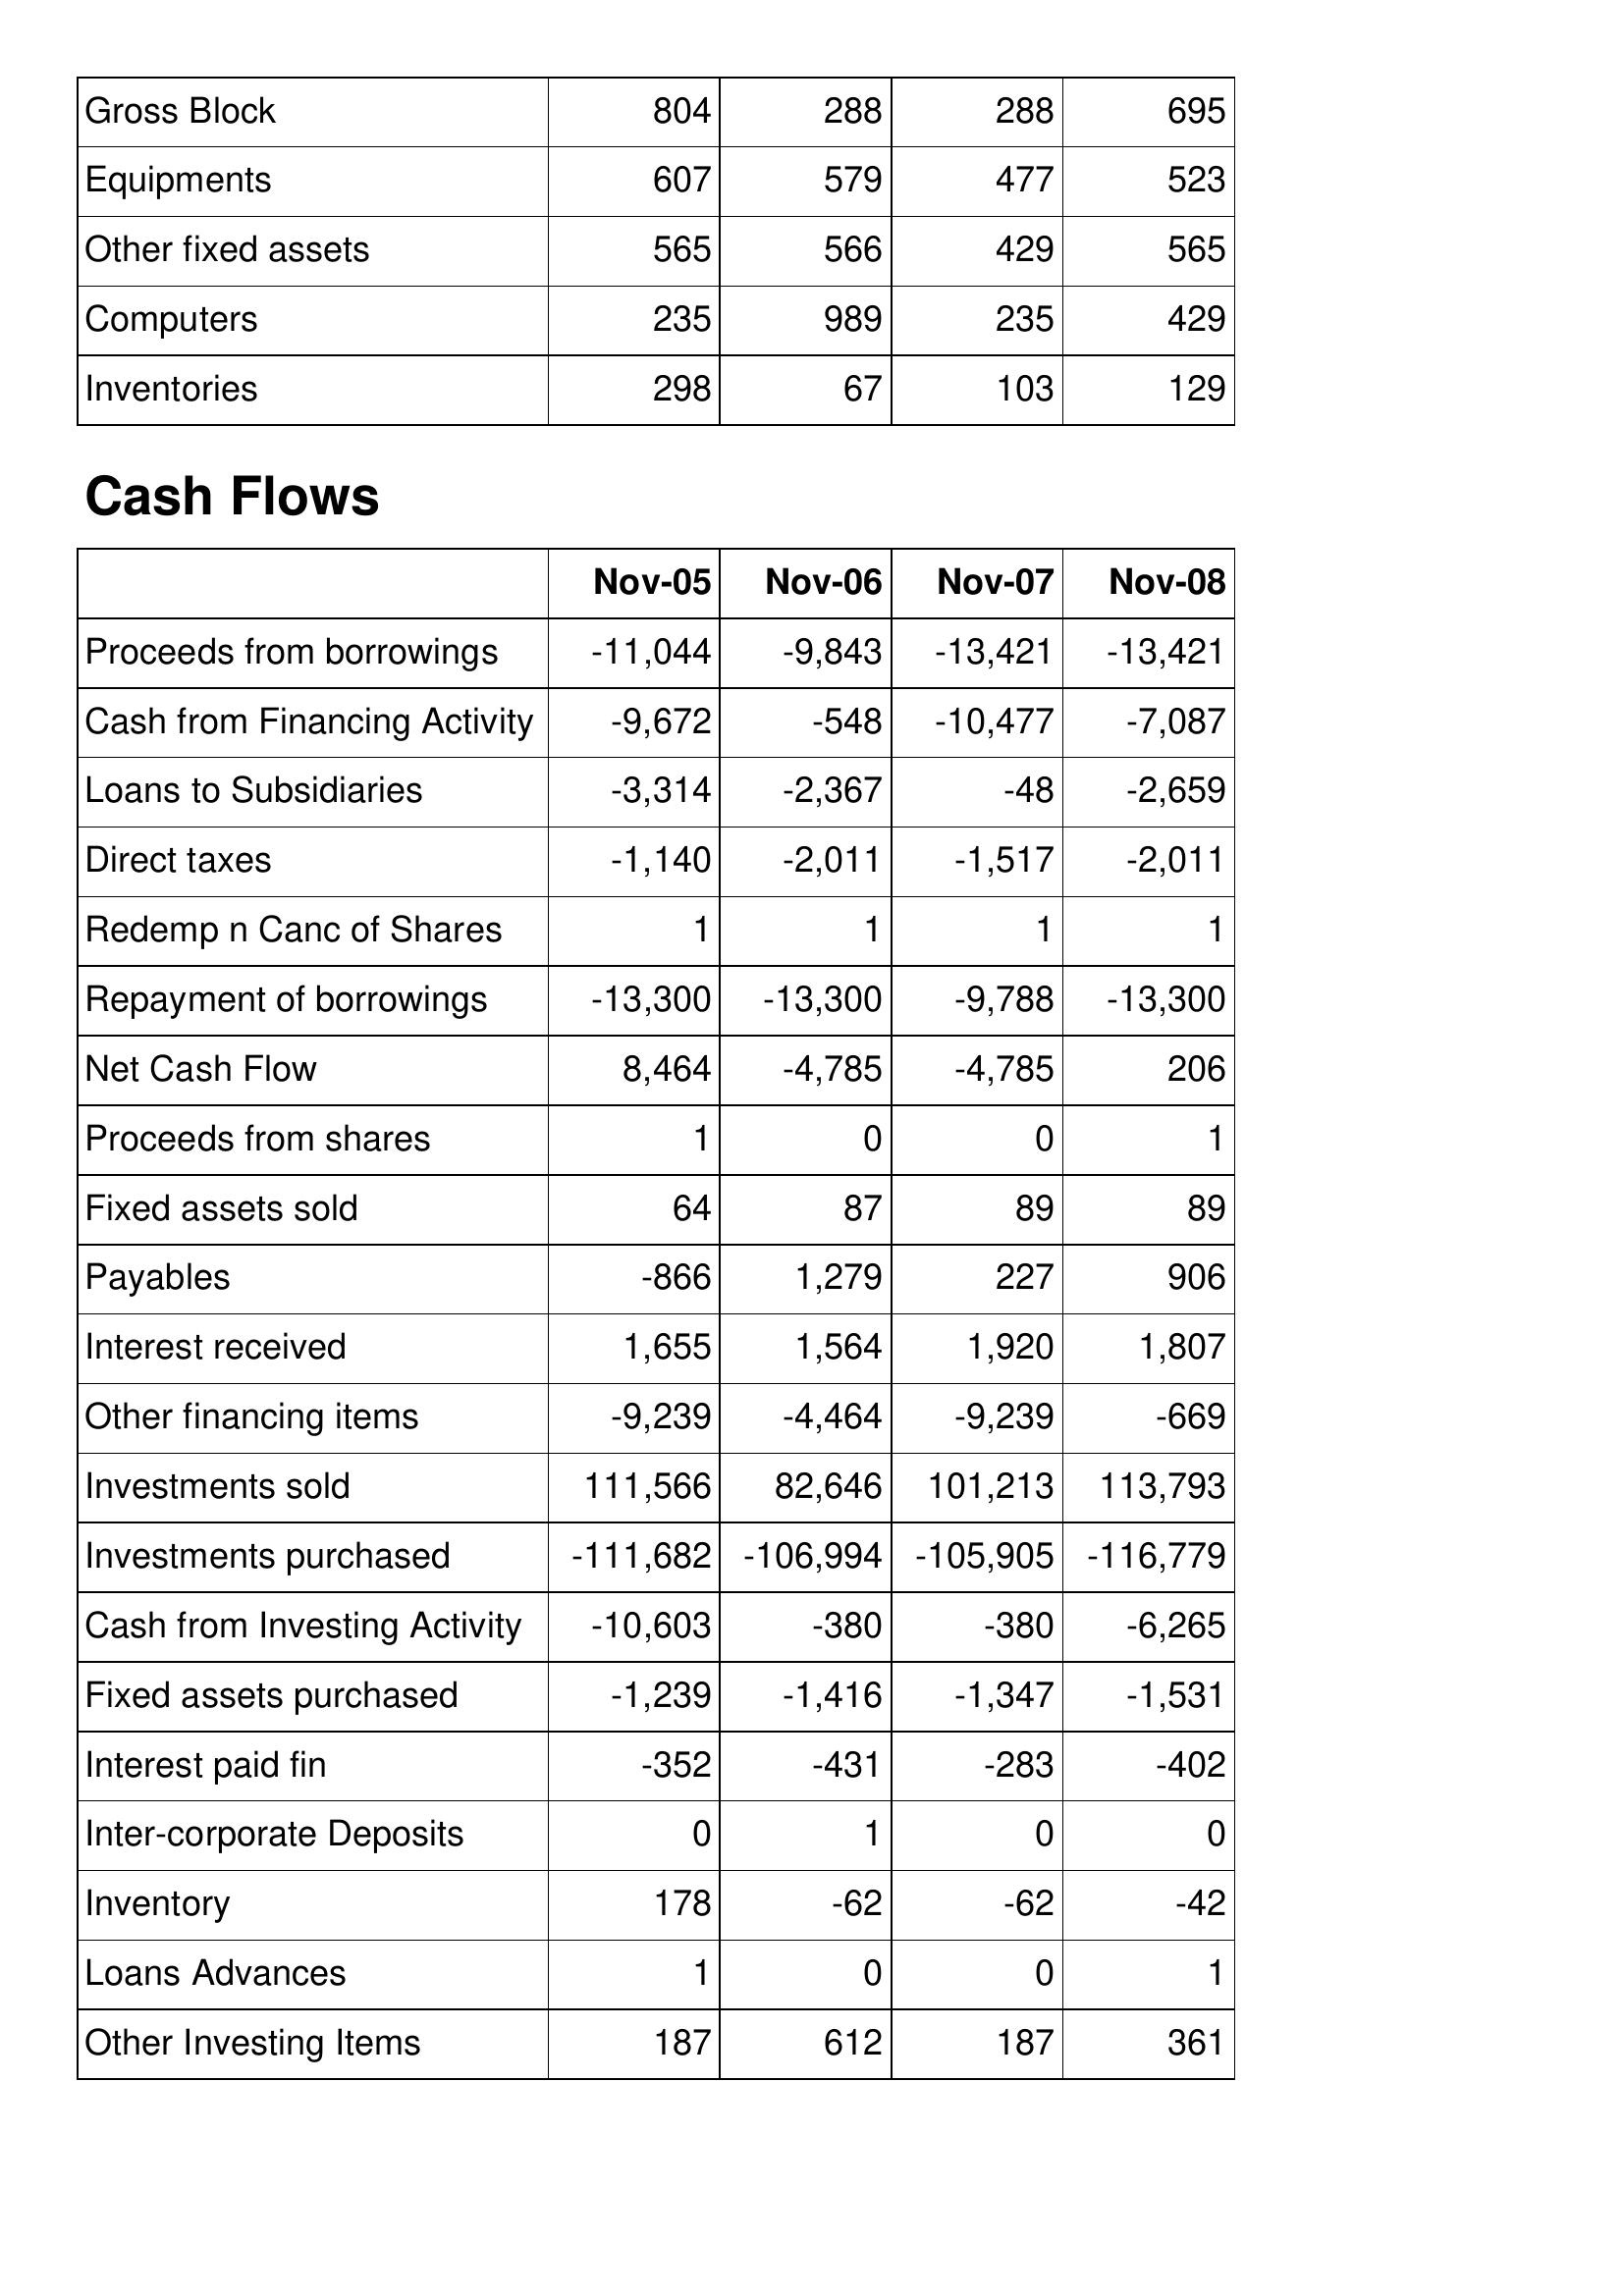
Nov-05: Balance Sheet: Gross Block: 804
Equipments: 607
Other fixed assets: 565
Computers: 235
Inventories: 298
Cash Flows: Proceeds from borrowings: -11,044
Cash from Financing Activity: -9,672
Loans to Subsidiaries: -3,314
Direct taxes: -1,140
Redemp n Canc of Shares: 1
Repayment of borrowings: -13,300
Net Cash Flow: 8,464
Proceeds from shares: 1
Fixed assets sold: 64
Payables: -866
Interest received: 1,655
Other financing items: -9,239
Investments sold: 111,566
Investments purchased: -111,682
Cash from Investing Activity: -10,603
Fixed assets purchased: -1,239
Interest paid fin: -352
Inter-corporate Deposits: 0
Inventory: 178
Loans Advances: 1
Other Investing Items: 187
Nov-06: Balance Sheet: Gross Block: 288
Equipments: 579
Other fixed assets: 566
Computers: 989
Inventories: 67
Cash Flows: Proceeds from borrowings: -9,843
Cash from Financing Activity: -548
Loans to Subsidiaries: -2,367
Direct taxes: -2,011
Redemp n Canc of Shares: 1
Repayment of borrowings: -13,300
Net Cash Flow: -4,785
Proceeds from shares: 0
Fixed assets sold: 87
Payables: 1,279
Interest received: 1,564
Other financing items: -4,464
Investments sold: 82,646
Investments purchased: -106,994
Cash from Investing Activity: -380
Fixed assets purchased: -1,416
Interest paid fin: -431
Inter-corporate Deposits: 1
Inventory: -62
Loans Advances: 0
Other Investing Items: 612
Nov-07: Balance Sheet: Gross Block: 288
Equipments: 477
Other fixed assets: 429
Computers: 235
Inventories: 103
Cash Flows: Proceeds from borrowings: -13,421
Cash from Financing Activity: -10,477
Loans to Subsidiaries: -48
Direct taxes: -1,517
Redemp n Canc of Shares: 1
Repayment of borrowings: -9,788
Net Cash Flow: -4,785
Proceeds from shares: 0
Fixed assets sold: 89
Payables: 227
Interest received: 1,920
Other financing items: -9,239
Investments sold: 101,213
Investments purchased: -105,905
Cash from Investing Activity: -380
Fixed assets purchased: -1,347
Interest paid fin: -283
Inter-corporate Deposits: 0
Inventory: -62
Loans Advances: 0
Other Investing Items: 187
Nov-08: Balance Sheet: Gross Block: 695
Equipments: 523
Other fixed assets: 565
Computers: 429
Inventories: 129
Cash Flows: Proceeds from borrowings: -13,421
Cash from Financing Activity: -7,087
Loans to Subsidiaries: -2,659
Direct taxes: -2,011
Redemp n Canc of Shares: 1
Repayment of borrowings: -13,300
Net Cash Flow: 206
Proceeds from shares: 1
Fixed assets sold: 89
Payables: 906
Interest received: 1,807
Other financing items: -669
Investments sold: 113,793
Investments purchased: -116,779
Cash from Investing Activity: -6,265
Fixed assets purchased: -1,531
Interest paid fin: -402
Inter-corporate Deposits: 0
Inventory: -42
Loans Advances: 1
Other Investing Items: 361